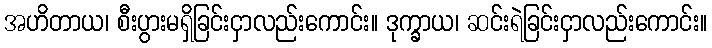
အဟိတာယ၊ စီးပွားမရှိခြင်းငှာလည်းကောင်း။ ဒုက္ခာယ၊ ဆင်းရဲခြင်းငှာလည်းကောင်း။